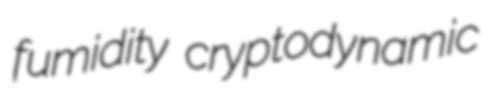
fumidity cryptodynamic